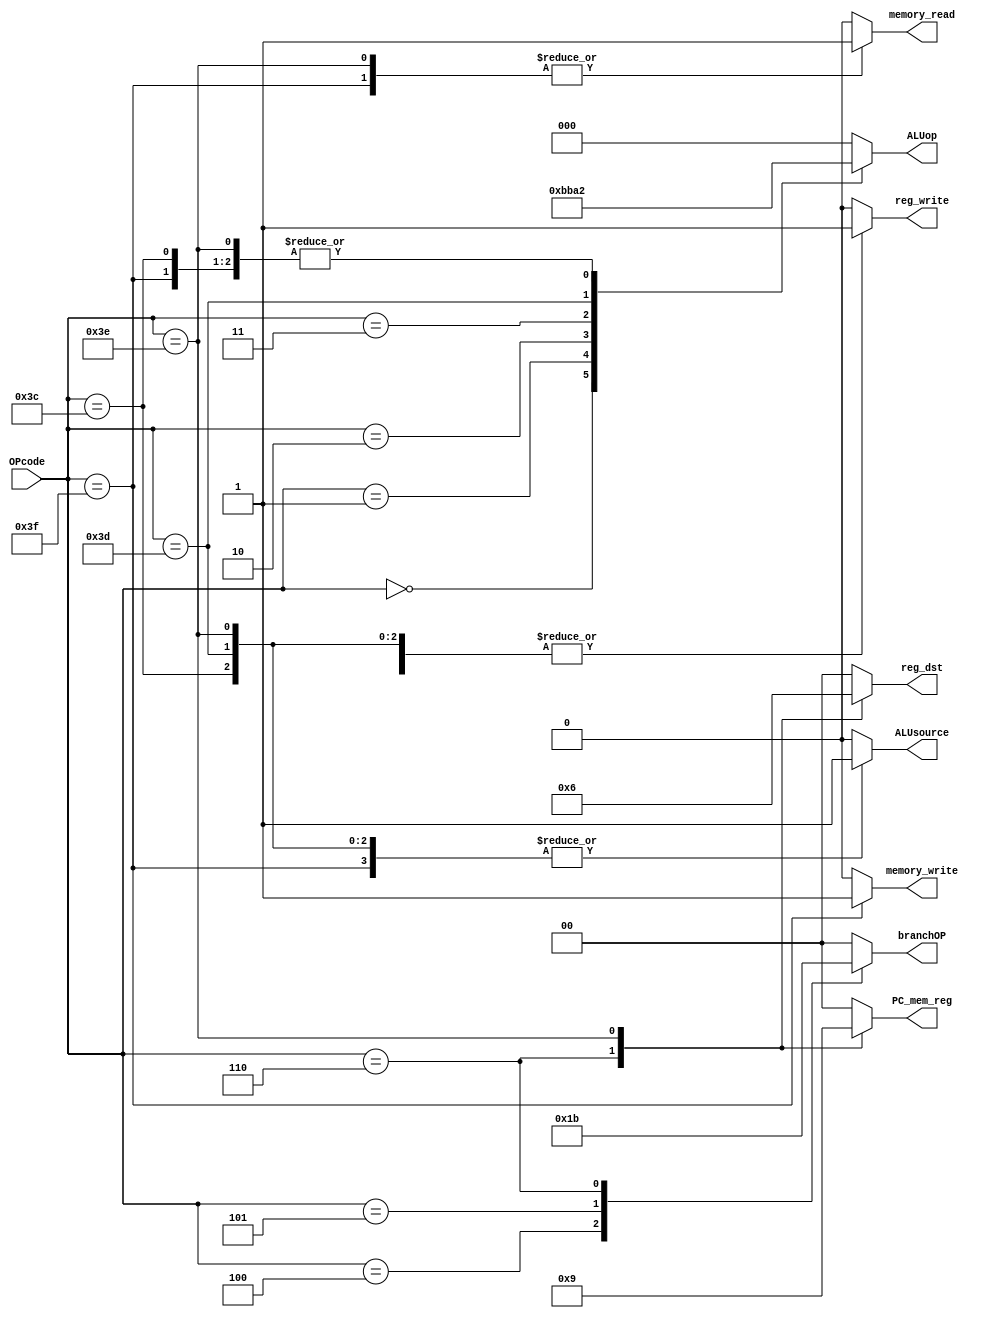
`timescale 1ns / 1ps
//////////////////////////////////////////////////////////////////////////////////
// Company: 
// Engineer: 
// 
// Design Name: 
// Module Name:    Control_Unit 
// Project Name: 
// Target Devices: 
// Tool versions: 
// Description: 
//
// Dependencies: 
//
// Revision: 
// Revision 0.01 - File Created
// Additional Comments:
//
//////////////////////////////////////////////////////////////////////////////////
module Control_Unit(
	input [5:0] OPcode,
	output reg [1:0] reg_dst,
	output reg reg_write,
	output reg [2:0] ALUop, 	
	output reg memory_read,
	output reg memory_write,
	output reg [1:0] branchOP,
	output reg ALUsource,
	output reg [1:0] PC_mem_reg
    );
	 
	always @(*) begin
		case (OPcode)
			6'b000000: begin
				reg_dst <= 2'b00;
				reg_write <= 1'b1;
				ALUop	<= 3'b001;
				memory_read <= 1'b0;
				memory_write <= 1'b0;
				branchOP <= 2'b00;
				ALUsource <= 1'b0;
				PC_mem_reg <= 2'b00;
			end
			6'b000001: begin
				reg_dst <= 2'b00;
				reg_write <= 1'b1;
				ALUop	<= 3'b011;
				memory_read <= 1'b0;
				memory_write <= 1'b0;
				branchOP <= 2'b00;
				ALUsource <= 1'b0;
				PC_mem_reg <= 2'b00;
			end
			6'b000010: begin
				reg_dst <= 2'b00;
				reg_write <= 1'b1;
				ALUop	<= 3'b101;
				memory_read <= 1'b0;
				memory_write <= 1'b0;
				branchOP <= 2'b00;
				ALUsource <= 1'b0;
				PC_mem_reg <= 2'b00;
			end
			6'b000011: begin
				reg_dst <= 2'b00;
				reg_write <= 1'b1;
				ALUop	<= 3'b110;
				memory_read <= 1'b0;
				memory_write <= 1'b0;
				branchOP <= 2'b00;
				ALUsource <= 1'b0;
				PC_mem_reg <= 2'b00;
			end
			6'b000100: begin
				reg_dst <= 2'b00;
				reg_write <= 1'b0;
				ALUop	<= 3'b000;
				memory_read <= 1'b0;
				memory_write <= 1'b0;
				branchOP <= 2'b01;
				ALUsource <= 1'b0;
				PC_mem_reg <= 2'b00;
			end
			6'b000101: begin
				reg_dst <= 2'b00;
				reg_write <= 1'b0;
				ALUop	<= 3'b000;
				memory_read <= 1'b0;
				memory_write <= 1'b0;
				branchOP <= 2'b10;
				ALUsource <= 1'b0;
				PC_mem_reg <= 2'b00;
			end
			6'b000110: begin
				reg_dst <= 2'b01;
				reg_write <= 1'b1;
				ALUop	<= 3'b000;
				memory_read <= 1'b0;
				memory_write <= 1'b0;
				branchOP <= 2'b11;
				ALUsource <= 1'b0;
				PC_mem_reg <= 2'b10;
			end
			6'b111100: begin
				reg_dst <= 2'b00;
				reg_write <= 1'b1;
				ALUop	<= 3'b010;
				memory_read <= 1'b0;
				memory_write <= 1'b0;
				branchOP <= 2'b00;
				ALUsource <= 1'b1;
				PC_mem_reg <= 2'b00;
			end
			6'b111101: begin
				reg_dst <= 2'b00;
				reg_write <= 1'b1;
				ALUop	<= 3'b100;
				memory_read <= 1'b0;
				memory_write <= 1'b0;
				branchOP <= 2'b00;
				ALUsource <= 1'b1;
				PC_mem_reg <= 2'b00;
			end
			6'b111110: begin
				reg_dst <= 2'b10;
				reg_write <= 1'b1;
				ALUop	<= 3'b010;
				memory_read <= 1'b1;
				memory_write <= 1'b0;
				branchOP <= 2'b00;
				ALUsource <= 1'b1;
				PC_mem_reg <= 2'b01;
			end
			6'b111111: begin
				reg_dst <= 2'b00;
				reg_write <= 1'b0;
				ALUop	<= 3'b010;
				memory_read <= 1'b1;
				memory_write <= 1'b1;
				branchOP <= 2'b00;
				ALUsource <= 1'b1;
				PC_mem_reg <= 2'b00;
			end
			default: begin
				reg_dst <= 2'b00;
				reg_write <= 1'b0;
				ALUop	<= 3'b000;
				memory_read <= 1'b0;
				memory_write <= 1'b0;
				branchOP <= 2'b00;
				ALUsource <= 1'b0;
				PC_mem_reg <= 2'b00;
			end
		endcase
	end

endmodule